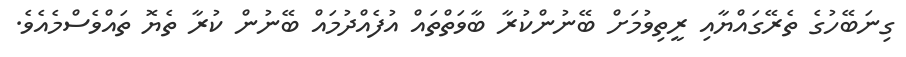
ގިނަބޭހުގެ ތެރޭގައްޔާއި ރީތިވުމަށް ބޭނުންކުރާ ބާވަތްތައް އުފެއްދުމައް ބޭނުން ކުރާ ތެޔޮ ތައްވެސްމެއެވެ.